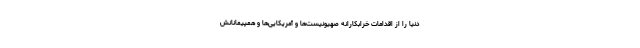
دنیا را از اقدامات خرابکارانه صهیونیست‌ها و آمریکایی‌ها و همپیمانانش